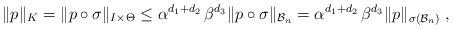
LaTeX: \begin{align*} \|p\|_K=\|p\circ \sigma\|_{I\times \Theta}\leq \alpha^{d_1+d_2}\,\beta^{d_3}\|p\circ \sigma\|_{\mathcal{B}_n}=\alpha^{d_1+d_2}\,\beta^{d_3}\|p\|_{\sigma(\mathcal{B}_n)}\;,\end{align*}